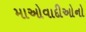
માઓવાદીઓનો